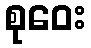
စုဝေး